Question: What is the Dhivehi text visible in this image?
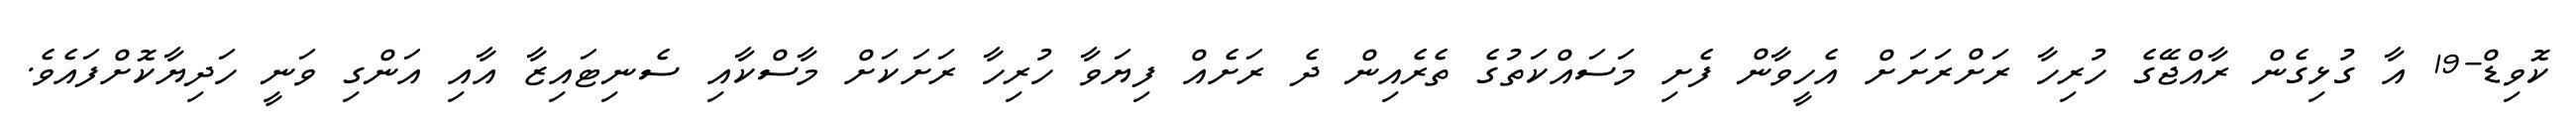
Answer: ކޮވިޑް-19 އާ ގުޅިގެން ރާއްޖޭގެ ހުރިހާ ރަށްރަށަށް އެހީވާން ފެށި މަސައްކަތުގެ ތެރެއިން ދެ ރަށެއް ފިޔަވާ ހުރިހާ ރަށަކަށް މާސްކާއި ސެނިޓައިޒާ އާއި އަންގި ވަނީ ހަދިޔާކޮށްފައެވެ.